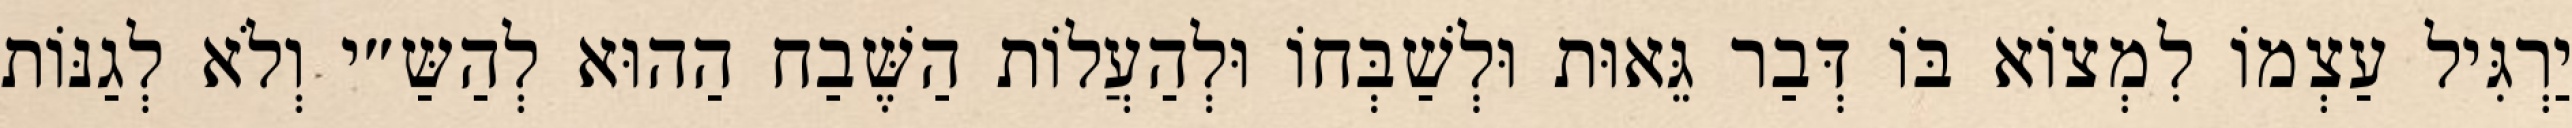
יַרְגִּיל עַצְמוֹ לִמְצוֹא בּוֹ דְּבַר גֵּאוּת וּלְשַׁבְּחוֹ וּלְהַעֲלוֹת הַשֶּׁבַח הַהוּא לְהַשַּ״י וְלֹא לְגַנּוֹת